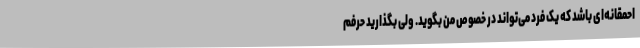
احمقانه‌ای باشد که یک فرد می‌تواند در خصوص من بگوید. ولی بگذارید حرفم